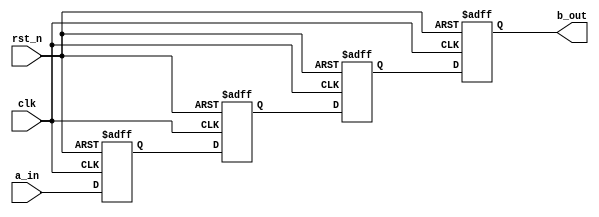
/*
*   Name        :IDDMM algorithm shift
*   Description :
*   Orirgin     :20200717
*   Timing      :
*/
module mmp_iddmm_shift
#(
    parameter LATENCY = 4   ,
    parameter WD      = 256
)
(
    input   wire             clk           ,
    input   wire             rst_n         ,

    input   wire  [WD-1:0]   a_in          ,
    output  wire  [WD-1:0]   b_out         
);
//-------------------------------------------------------------------------------

//-------------------------------------------------------------------------------
generate
    if (LATENCY==0) begin
        assign b_out=a_in;
    end else if(LATENCY==1)begin
        reg [WD-1:0]lc;
        always@(posedge clk or negedge rst_n)begin
            if (!rst_n) begin
                lc <= 'd0;
            end else begin
                lc <= a_in;
            end
        end
        assign b_out=lc;
    end else begin
        reg [WD-1:0]lc[0:LATENCY-1];
        integer j;
        always@(posedge clk or negedge rst_n)begin
            if (!rst_n) begin
                for ( j = 0;j< LATENCY;j=j+1 ) begin
                    lc[j] <= 'd0;
                end
            end else begin
                for ( j = 0;j< LATENCY-1;j=j+1 ) begin
                    lc[0]   <= a_in;
                    lc[j+1] <= lc[j];
                end
            end
        end
        assign b_out=lc[LATENCY-1];        
    end
endgenerate



endmodule